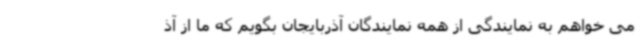
می خواهم به نمایندگی از همه نمایندگان آذربایجان بگویم که ما از آذ